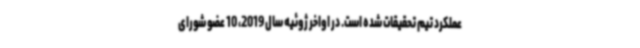
عملکرد تیم تحقیقات شده است. در اواخر ژوئیه سال 2019، 10 عضو شورای